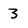
Character: 3